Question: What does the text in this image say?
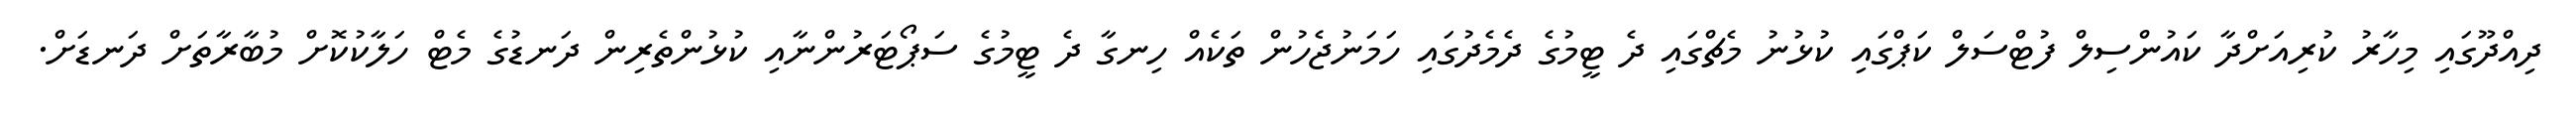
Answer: ދިއްދޫގައި މިހާރު ކުރިއަށްދާ ކައުންސިލް ފުޓްސަލް ކަޕްގައި ކުޅުނު މެޗްގައި ދެ ޓީމުގެ ދެމެދުގައި ހަމަނުޖެހުން ތަކެއް ހިނގާ ދެ ޓީމުގެ ސަޕޯޓަރުންނާއި ކުޅުންތެރިން ދަނޑުގެ މެޓް ހަލާކުކޮށް މުބާރާތަށް ދަނޑަށް.